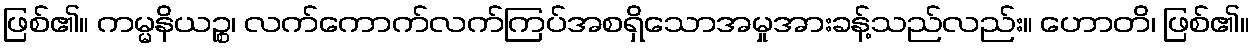
ဖြစ်၏။ ကမ္မနိယဉ္စ၊ လက်ကောက်လက်ကြပ်အစရှိသောအမှုအားခန့်သည်လည်း။ ဟောတိ၊ ဖြစ်၏။